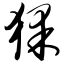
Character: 猓